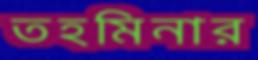
তহমিনার